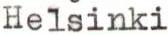
Helsinki